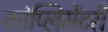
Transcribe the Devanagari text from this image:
कांप्लिमेंटरी